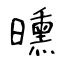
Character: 曛